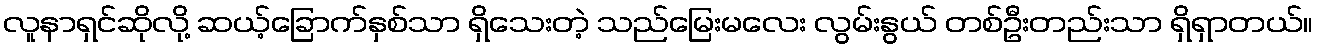
လူနာရှင်ဆိုလို့ ဆယ့်ခြောက်နှစ်သာ ရှိသေးတဲ့ သည်မြေးမလေး လွမ်းနွယ် တစ်ဦးတည်းသာ ရှိရှာတယ်။